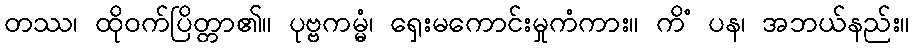
တဿ၊ ထိုဝက်ပြိတ္တာ၏။ ပုဗ္ဗကမ္မံ၊ ရှေးမကောင်းမှုကံကား။ ကိံ ပန၊ အဘယ်နည်း။